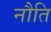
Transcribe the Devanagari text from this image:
नौति